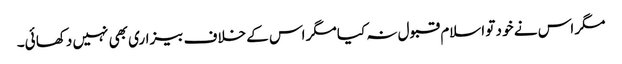
مگر اس نے خو د تو اسلام قبو ل نہ کیا مگر اس کے خلاف بیزاری بھی نہیں دکھا ئی۔